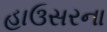
હાઉસરના